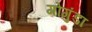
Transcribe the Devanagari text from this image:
गोगुंडा